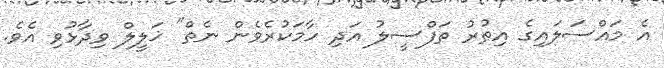
އެ މައްސަލައިގެ އިތުރު ތަފްސީލު އަދި ހާމަކުރެވެން ނެތް" ޚަލީލް ވިދާޅުވި އެވެ.